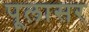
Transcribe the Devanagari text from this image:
पूलासर